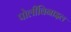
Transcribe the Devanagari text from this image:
पोलीविनाइल